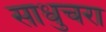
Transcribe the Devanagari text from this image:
साधुचरा